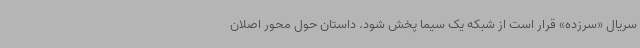
سریال «سرزده» قرار است از شبکه یک سیما پخش شود. داستان حول محور اصلان